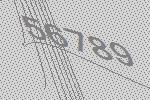
56789